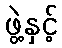
ဖွဲ့နှင့်